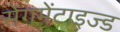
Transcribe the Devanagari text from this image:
सेंगमेंटाइज्ड